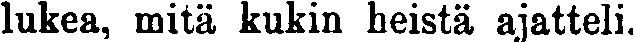
lukea, mitä kukin heistä ajatteli.